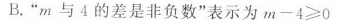
B."m与4的差是非负数"表示为m-4>=0